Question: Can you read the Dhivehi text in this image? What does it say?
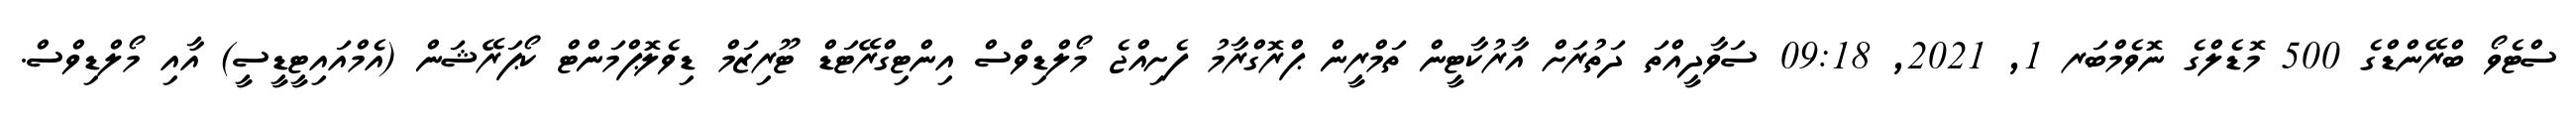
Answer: ސްޓެވޯ ބްރޭންޑްގެ 500 މޮޑެލްގެ ނޮވެމްބަރ 1, 2021, 09:18 ސަވާދީއްތަ ދަތުރަށް އާރުކާޓީން ތަމްރީން ޕްރޮގްރާމު ފެށިއްޖެ މޯލްޑިވްސް އިންޓިގްރޭޓަޑް ޓޫރިޒަމް ޑިވެލޮޕްމަންޓް ކޯޕަރޭޝަން (އެމްއައިޓީޑީސީ) އާއި މޯލްޑިވްސް.